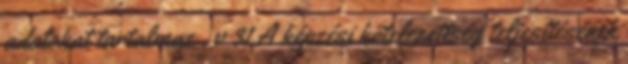
adatokat tartalmaz . v 31 A képzési kötelezettség teljesítésének